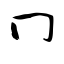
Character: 冂